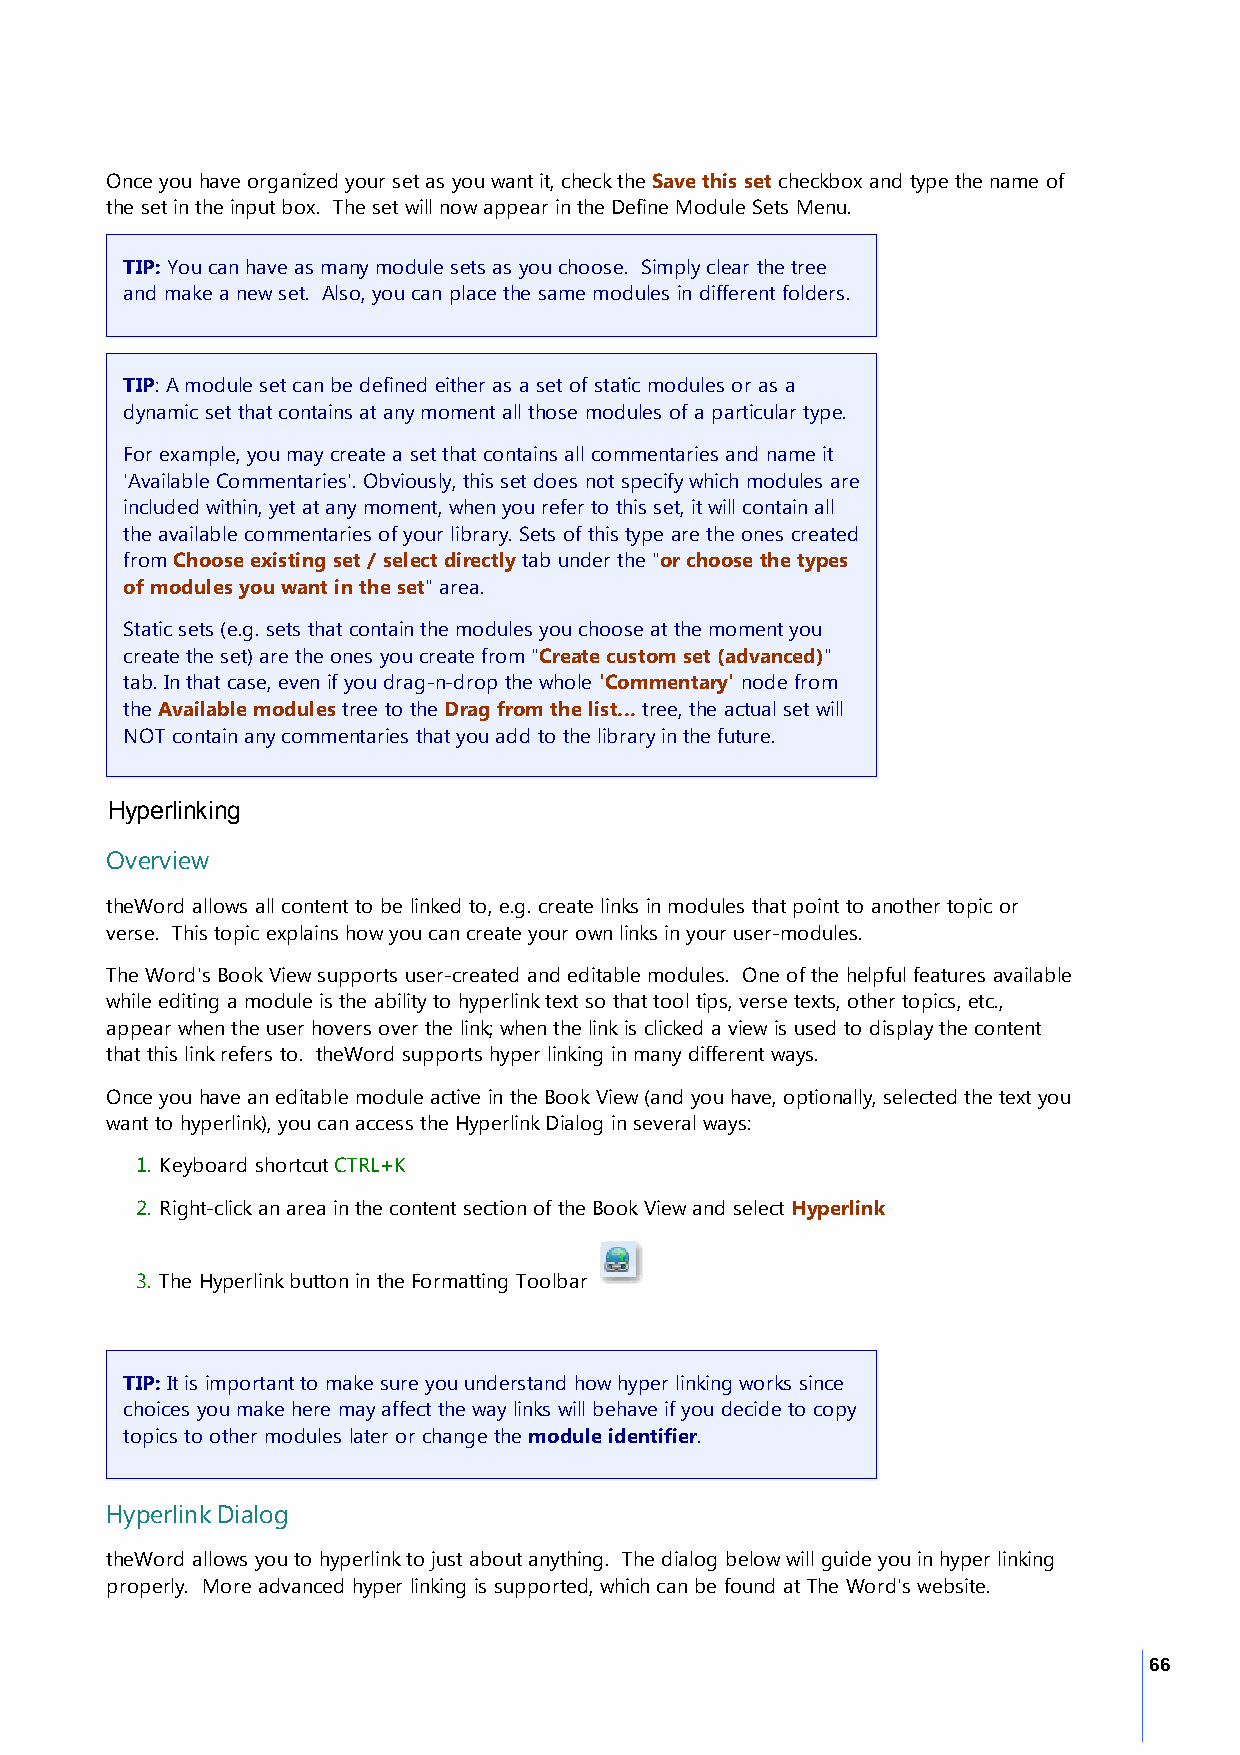
Once you have organized your set as you want it, check the Save this set checkbox and type the name of
 the set in the input box. The set will now appear in the Define Module Sets Menu.
 TIP: You can have as many module sets as you choose. Simply clear the tree
 and make a new set. Also, you can place the same modules in different folders.
 TIP: A module set can be defined either as a set of static modules or as a
 dynamic set that contains at any moment all those modules of a particular type.
 For example, you may create a set that contains all commentaries and name it
 'Available Commentaries'. Obviously, this set does not specify which modules are
 included within, yet at any moment, when you refer to this set, it will contain all
 the available commentaries of your library. Sets of this type are the ones created
 from Choose existing set / select directly tab under the "or choose the types
 of modules you want in the set" area.
 Static sets (e.g. sets that contain the modules you choose at the moment you
 create the set) are the ones you create from "Create custom set (advanced)"
 tab. In that case, even if you drag-n-drop the whole 'Commentary' node from
 the Available modules tree to the Drag from the list... tree, the actual set will
 NOT contain any commentaries that you add to the library in the future.
 Hyperlinking
 Overview
 theWord allows all content to be linked to, e.g. create links in modules that point to another topic or
 verse. This topic explains how you can create your own links in your user-modules.
 The Word's Book View supports user-created and editable modules. One of the helpful features available
 while editing a module is the ability to hyperlink text so that tool tips, verse texts, other topics, etc.,
 appear when the user hovers over the link; when the link is clicked a view is used to display the content
 that this link refers to. theWord supports hyper linking in many different ways.
 Once you have an editable module active in the Book View (and you have, optionally, selected the text you
 want to hyperlink), you can access the Hyperlink Dialog in several ways:
 1. Keyboard shortcut CTRL+K
 2. Right-click an area in the content section of the Book View and select Hyperlink
 3. The Hyperlink button in the Formatting Toolbar
 TIP: It is important to make sure you understand how hyper linking works since
 choices you make here may affect the way links will behave if you decide to copy
 topics to other modules later or change the module identifier.
 Hyperlink Dialog
 theWord allows you to hyperlink to just about anything. The dialog below will guide you in hyper linking
 properly. More advanced hyper linking is supported, which can be found at The Word's website.
 66